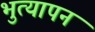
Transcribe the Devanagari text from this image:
भुत्यापन